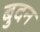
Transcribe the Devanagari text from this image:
बुदन